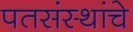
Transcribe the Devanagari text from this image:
पतसंस्थांचे